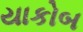
યાકોબ